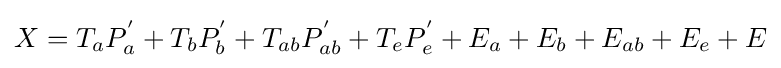
X=T_{a}P_{a}^{'}+T_{b}P_{b}^{'}+T_{ab}P_{ab}^{'}+T_{e}P_{e}^{'}+E_{a}+E_{b}+E_{ab}+E_{e}+E